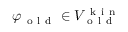
\varphi _ { \mathrm { ~ o ~ l ~ d ~ } } \in V _ { \mathrm { ~ o ~ l ~ d ~ } } ^ { \mathrm { ~ k ~ i ~ n ~ } }